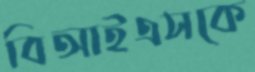
বিআইএসকে